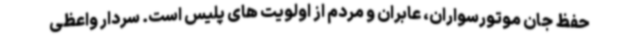
حفظ جان موتورسواران، عابران و مردم از اولویت های پلیس است. سردار واعظی